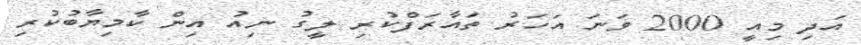
އަދި މިއީ 2000 ވަނަ އަހަރު ތައާރަފްކުރި ލީގު ނިއު އިން ކާމިޔާބުކުރި